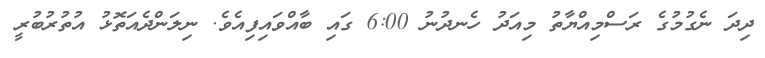
ދިދަ ނެގުމުގެ ރަސްމިއްޔާތު މިއަދު ހެނދުނު 6:00 ގައި ބާއްވައިފިއެވެ. ނިލަންދެއަތޮޅު އުތުރުބުރީ